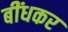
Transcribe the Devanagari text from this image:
बींधकर